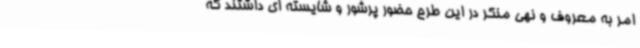
امر به معروف و نهی منکر در این طرح حضور پرشور و شایسته ای داشتند که